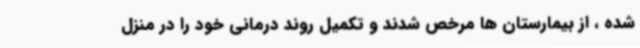
شده ، از بیمارستان ها مرخص شدند و تکمیل روند درمانی خود را در منزل